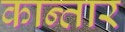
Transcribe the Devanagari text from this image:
कान्तार